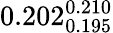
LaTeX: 0.202_{0.195}^{0.210}